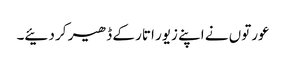
عورتوں نے اپنے زیور اتار کے ڈھیر کر دئیے۔